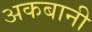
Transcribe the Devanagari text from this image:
अकबानी